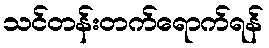
သင်တန်းတက်ရောက်ရန်